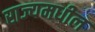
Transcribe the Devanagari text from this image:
राज्यमधील